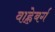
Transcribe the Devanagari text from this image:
वाह्लेबर्ग